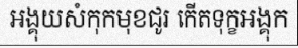
អង្គុយសំកុកមុខជូរ កើតទុក្ខអង្គុក